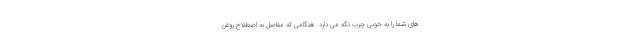
های شما را به خوبی چرب نگه می دارد. هنگامی که مفاصل به اصطلاح روغن